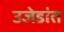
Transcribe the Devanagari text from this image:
उजेडांत